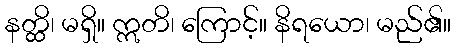
နတ္ထိ၊ မရှိ။ ဣတိ၊ ကြောင့်။ နိရယော၊ မည်၏။